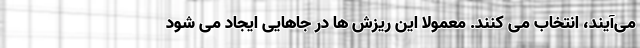
می‌آیند، انتخاب می کنند. معمولا این ریزش ها در جاهایی ایجاد می شود